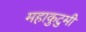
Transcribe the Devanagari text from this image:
महाकुटुमी